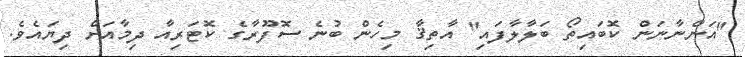
"އަންނާނަން ކޮބައިތޯ ބަލާލާފައި" އާތިޤާ މިހެން ބުނެ ސޮފޫރާގެ ކޮޓަރިއާ ދިމާއަށް ދިޔައެވެ.